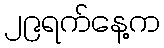
၂၉ရက်နေ့က